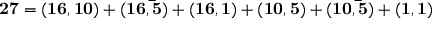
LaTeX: \mathbf { 2 7 } = ( \mathbf { 1 6 } , \mathbf { 1 0 } ) + ( \mathbf { 1 6 } , \mathbf { \bar { 5 } } ) + ( \mathbf { 1 6 } , \mathbf { 1 } ) + ( \mathbf { 1 0 } , \mathbf { 5 } ) + ( \mathbf { 1 0 } , \mathbf { \bar { 5 } } ) + ( \mathbf { 1 } , \mathbf { 1 } )